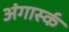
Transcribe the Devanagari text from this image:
अंगार्स्क